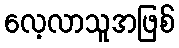
လေ့လာသူအဖြစ်